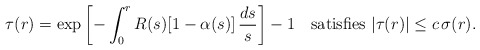
\begin{align*} \tau(r)=\exp\left[ -\int_0^r R(s)[1-\alpha(s)]\,\frac{ds}{s}\right]-1 \quad\hbox{satisfies} \ |\tau(r)|\leq c\,\sigma(r). \end{align*}